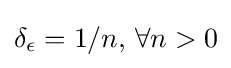
\delta _{\epsilon }=1/n,\,\forall n>0